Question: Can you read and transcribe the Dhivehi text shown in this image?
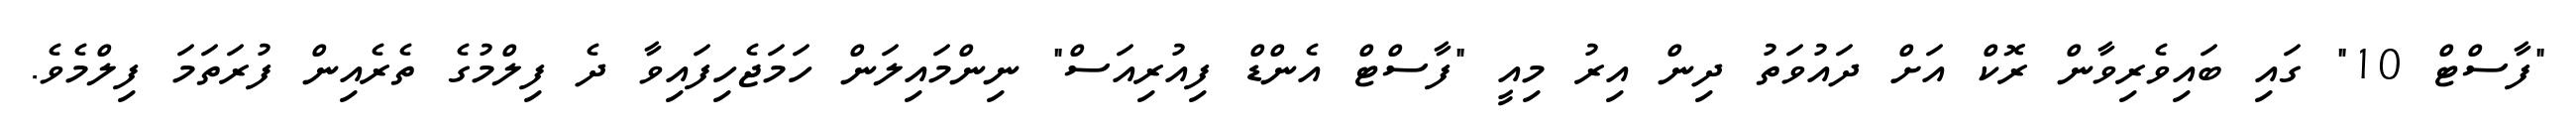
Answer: "ފާސްޓް 10" ގައި ބައިވެރިވާން ރޮކް އަށް ދައުވަތު ދިން އިރު މިއީ "ފާސްޓް އެންޑް ފިއުރިއަސް" ނިންމައިލަން ހަމަޖެހިފައިވާ ދެ ފިލްމުގެ ތެރެއިން ފުރަތަމަ ފިލްމެވެ.